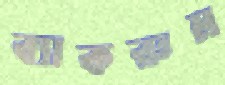
ব্যাকরুম